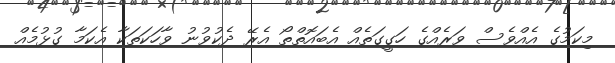
މިކަމުގެ އެއްވެސް ވަރެއްގެ ހަގީގަތެއް އެބައޮތްތޯ އެރޭ ދެކުވުނު ވާހަކަތަކާ އެކަމާ ގުޅުމެއް